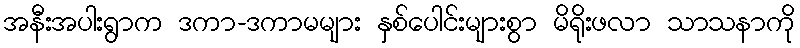
အနီးအပါးရွာက ဒကာ-ဒကာမများ နှစ်ပေါင်းများစွာ မိရိုးဖလာ သာသနာကို